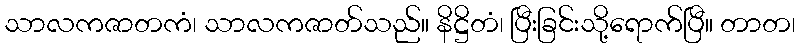
သာလကဇာတကံ၊ သာလကဇာတ်သည်။ နိဋ္ဌိတံ၊ ပြီးခြင်းသို့ရောက်ပြီ။ တာတ၊